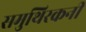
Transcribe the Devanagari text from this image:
समुथिरकनी